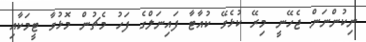
ނިކުންނަން ޖެހޭނީ މިރޭ ކުޅެވޭ ކުއާޓާ ފައިނަލްގެ ފަހު މެޗުން މޮޅުވާ ޓީމަކާއި